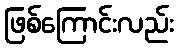
ဖြစ်ကြောင်းလည်း